On the action of the venoms of the cobra (Naja tripudians) and of the daboia (Daboia russellii) on the red blood corpuscles and on the blood plasma - Number 4
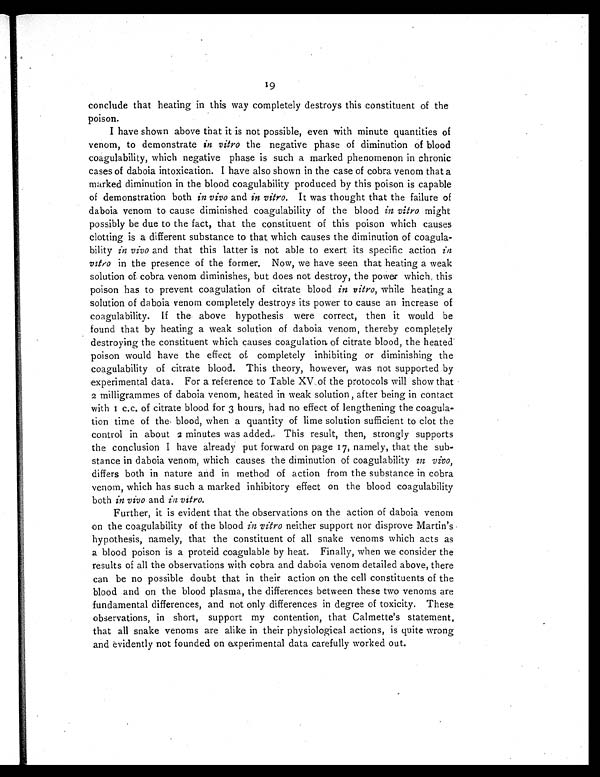
19
conclude that heating in this way completely destroys this constituent of the
poison.
I have shown above that it is not possible, even with minute quantities of
venom, to demonstrate in vitro the negative phase of diminution of blood
coagulability, which negative phase is such a marked phenomenon in chronic
cases of daboia intoxication. I have also shown in the case of cobra venom that a
marked diminution in the blood coagulability produced by this poison is capable
of demonstration both in vivo and in vitro. It was thought that the failure of
daboia venom to cause diminished coagulability of the blood in vitro might
possibly be due to the fact, that the constituent of this poison which causes
clotting is a different substance to that which causes the diminution of coagula-
bility in vivo and that this latter is not able to exert its specific action in
vitro in the presence of the former. Now, we have seen that heating a weak
solution of cobra venom diminishes, but does not destroy, the power which, this
poison has to prevent coagulation of citrate blood in vitro, while heating a
solution of daboia venom completely destroys its power to cause an increase of
coagulability. If the above hypothesis were correct, then it would be
found that by heating a weak solution of daboia venom, thereby completely
destroying the constituent which causes coagulation of citrate blood, the heated
poison would have the effect of completely inhibiting or diminishing the
coagulability of citrate blood. This theory, however, was not supported by
experimental data. For a reference to Table XV of the protocols will show that
2 milligrammes of daboia venom, heated in weak solution, after being in contact
with I c.c. of citrate blood for 3 hours, had no effect of lengthening the coagula-
tion time of the blood, when a quantity of lime solution sufficient to clot the
control in about 2 minutes was added. This result, then, strongly supports
the conclusion I have already put forward on page 17, namely, that the sub-
stance in daboia venom, which causes the diminution of coagulability in vivo,
differs both in nature and in method of action from the substance in cobra
venom, which has such a marked inhibitory effect on the blood coagulability
both in vivo and in vitro.
Further, it is evident that the observations on the action of daboia venom
on the coagulability of the blood in vitro neither support nor disprove Martin's
hypothesis, namely, that the constituent of all snake venoms which acts as
a blood poison is a proteid coagulable by heat. Finally, when we consider the
results of all the observations with cobra and daboia venom detailed above, there
can be no possible doubt that in their action on the cell constituents of the
blood and on the blood plasma, the differences between these two venoms are
fundamental differences, and not only differences in degree of toxicity. These
observations, in short, support my contention, that Calmette's statement,
that all snake venoms are alike in their physiological actions, is quite wrong
and evidently not founded on experimental data carefully worked out.